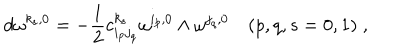
LaTeX: d \omega ^ { k _ { s } , 0 } = - \frac { 1 } { 2 } c _ { i _ { p } j _ { q } } ^ { k _ { s } } \omega ^ { i _ { p } , 0 } \wedge \omega ^ { j _ { q } , 0 } \quad ( p , q , s = 0 , 1 ) \; ,